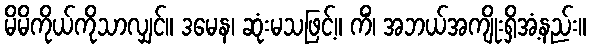
မိမိကိုယ်ကိုသာလျှင်။ ဒမေန၊ ဆုံးမသဖြင့်။ ကိံ၊ အဘယ်အကျိုးရှိအံ့နည်း။